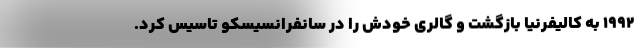
۱۹۹۲ به کالیفرنیا بازگشت و گالری خودش را در سانفرانسیسکو تاسیس کرد.